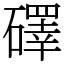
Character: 礋